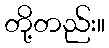
တို့တည်း။